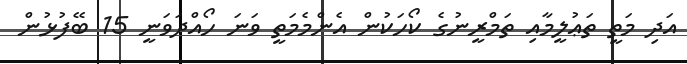
އަދި މަތީ ތަޢުލީމާއި ތަމްރީނުގެ ކޯހަކުން އެންމެމަތީ ވަނަ ހޯއްދަވަނީ 15 ބޭފުޅުން